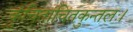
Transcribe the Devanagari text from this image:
कुंचितांचितकुन्तलः।